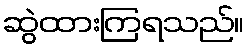
ဆွဲထားကြရသည်။